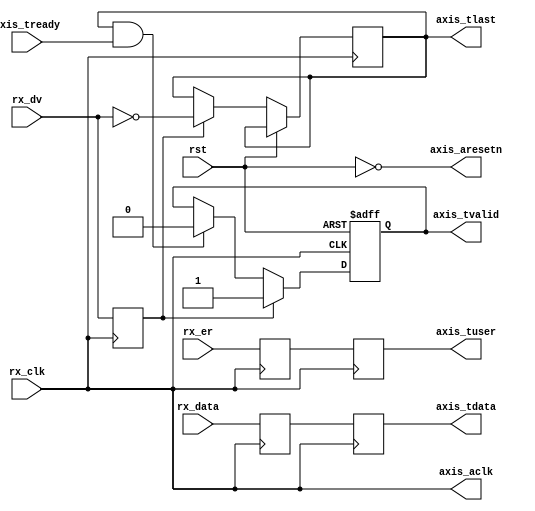
module pkt_to_axis(
	input	rst,

	input	rx_clk,
	input	[7:0] rx_data,
	input	rx_dv,
	input	rx_er,

	output	axis_aclk,
	output	axis_aresetn,
	output reg	[7:0] axis_tdata,
	output reg	[0:0] axis_tuser,
	output reg 	axis_tlast,
	output reg	axis_tvalid,
	input	axis_tready
);

reg [7:0] data_0;
reg dv_0;
reg er_0;

assign axis_aresetn = !rst;
assign axis_aclk = rx_clk;

always @(posedge rx_clk)
begin
	data_0 <= rx_data;
	dv_0 <= rx_dv;
	er_0 <= rx_er;
end

always @(posedge rx_clk)
begin
	axis_tdata <= data_0;
	axis_tuser <= er_0;
end

always @(posedge rx_clk, posedge rst)
begin
	if(rst) begin
		axis_tvalid <= 1'b0;
	end
	else if(dv_0) begin
		axis_tvalid <= 1'b1;
		axis_tlast <= !rx_dv;
	end
	/* fail-safe recover */
	else if(axis_tlast && axis_tready)begin
		axis_tvalid <= 1'b0;
	end
end

endmodule